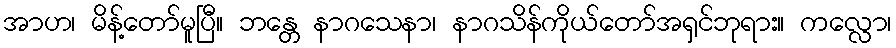
အာဟ၊ မိန့်တော်မူပြီ။ ဘန္တေ နာဂသေနာ၊ နာဂသိန်ကိုယ်တော်အရှင်ဘုရား။ ကလ္လော၊